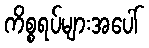
ကိစ္စရပ်များအပေါ်